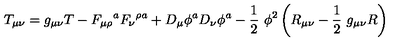
T _ { \mu \nu } = g _ { \mu \nu } T - F _ { \mu \rho } \mathrm { } ^ { a } F _ { \nu } \mathrm { } ^ { \rho a } + D _ { \mu } \phi ^ { a } D _ { \nu } \phi ^ { a } - \frac { 1 } { 2 } \ \phi ^ { 2 } \left( R _ { \mu \nu } - \frac { 1 } { 2 } \ g _ { \mu \nu } R \right)